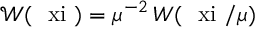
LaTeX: { \mathcal W } ( \mathrm { \boldmath ~ \ x i ~ } ) = \mu ^ { - 2 } \, W ( \mathrm { \boldmath ~ \ x i ~ } / \mu ) \;